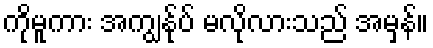
ကိုမူကား အကျွန်ုပ် မလိုလားသည် အမှန်။